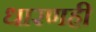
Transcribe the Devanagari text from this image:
धारणही